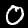
Label: 0